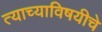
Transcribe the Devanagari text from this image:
त्याच्याविषयीचे